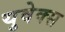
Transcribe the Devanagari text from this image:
युवेक्स